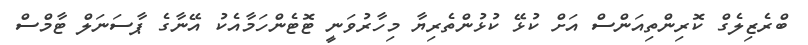
ބްރެޒިލެގް ކޮރިންތިއަންސް އަށް ކުޅޭ ކުޅުންތެރިޔާ މިހާރުވަނީ ޓޮޓެންހަމާއެކު އޭނާގެ ޕާސަނަލް ޓާމްސް